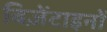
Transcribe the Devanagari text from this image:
बिज़ेंटाइनों